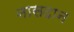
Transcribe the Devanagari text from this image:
नासदान